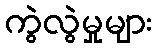
ကွဲလွဲမှုများ